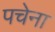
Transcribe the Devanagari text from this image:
पचेना